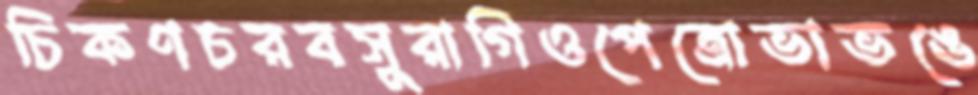
চিকণচরবসুরাগিওপেত্রোভাভঙে